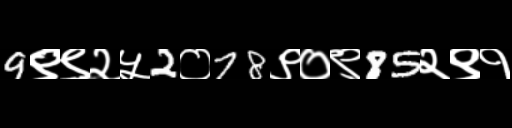
Text: 9९९२५2०78९०९85२९१